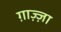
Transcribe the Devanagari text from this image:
ग़ाज़्ज़ा